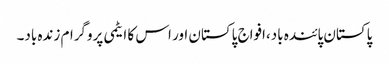
پاکستان پائندہ باد،افواج پاکستان اور اس کا ایٹمی پروگرام زندہ باد۔